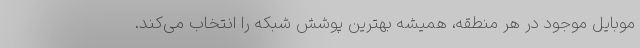
موبایل موجود در هر منطقه، همیشه بهترین پوشش شبکه را انتخاب می‌کند.